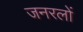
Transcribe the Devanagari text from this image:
जनरलाें